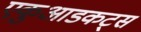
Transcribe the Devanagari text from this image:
एकुआडकट्स